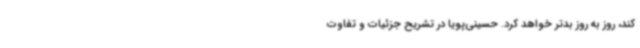
کند، روز به روز بدتر خواهد کرد. حسینی‌پویا در تشریح جزئیات و تفاوت